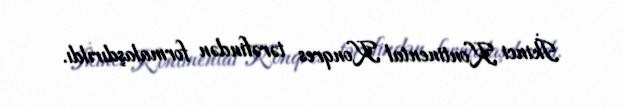
İkinci Kontinental Konqres tərəfindən formalaşdırıldı.